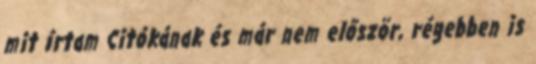
mit írtam Citókának és már nem először, régebben is